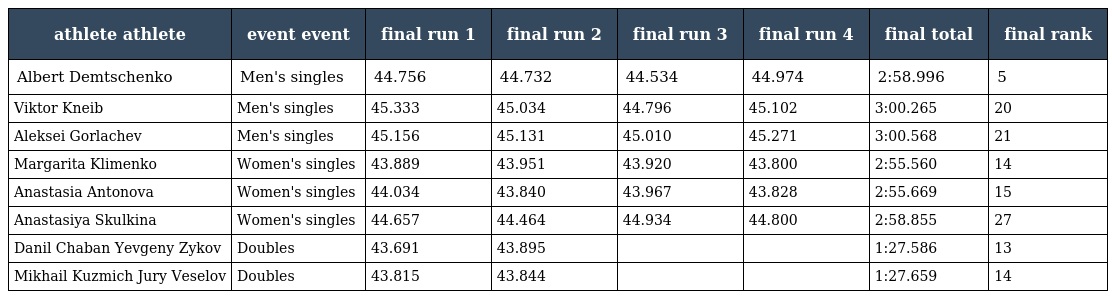
| athlete athlete | event event | final run 1 | final run 2 | final run 3 | final run 4 | final total | final rank |
 | --- | --- | --- | --- | --- | --- | --- | --- |
 | Albert Demtschenko | Men's singles | 44.756 | 44.732 | 44.534 | 44.974 | 2:58.996 | 5 |
 | Viktor Kneib | Men's singles | 45.333 | 45.034 | 44.796 | 45.102 | 3:00.265 | 20 |
 | Aleksei Gorlachev | Men's singles | 45.156 | 45.131 | 45.010 | 45.271 | 3:00.568 | 21 |
 | Margarita Klimenko | Women's singles | 43.889 | 43.951 | 43.920 | 43.800 | 2:55.560 | 14 |
 | Anastasia Antonova | Women's singles | 44.034 | 43.840 | 43.967 | 43.828 | 2:55.669 | 15 |
 | Anastasiya Skulkina | Women's singles | 44.657 | 44.464 | 44.934 | 44.800 | 2:58.855 | 27 |
 | Danil Chaban Yevgeny Zykov | Doubles | 43.691 | 43.895 |  |  | 1:27.586 | 13 |
 | Mikhail Kuzmich Jury Veselov | Doubles | 43.815 | 43.844 |  |  | 1:27.659 | 14 |